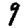
Digit: 9